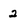
Character: 2